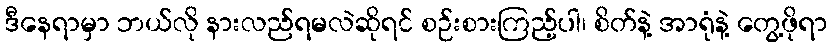
ဒီနေရာမှာ ဘယ်လို နားလည်ရမလဲဆိုရင် စဉ်းစားကြည့်ပါ၊ စိတ်နဲ့ အာရုံနဲ့ တွေ့ဖိုရာ